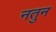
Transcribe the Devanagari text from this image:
नतुन